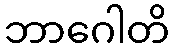
ဘာဂေါတိ